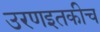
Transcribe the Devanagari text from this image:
उरणइतकीच